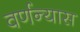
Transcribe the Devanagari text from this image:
वर्णन्यास